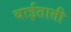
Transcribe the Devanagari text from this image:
वाईताती